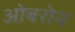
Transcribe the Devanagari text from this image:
ओबरोय